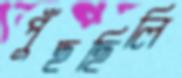
পুঁছছিলি